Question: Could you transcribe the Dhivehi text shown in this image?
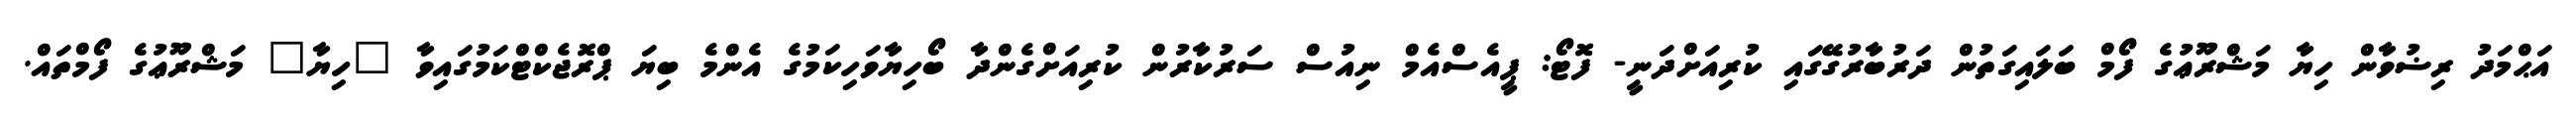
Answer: އަޙްމަދު ރިޟުވާން ހިޔާ މަޝްރޫޢުގެ ފޯމް ބަލައިގަތުން ދަރުބާރުގޭގައި ކުރިއަށްދަނީ- ފޮޓޯ: ޕީއެސްއެމް ނިއުސް ސަރުކާރުން ކުރިއަށްގެންދާ ބޯހިޔާވަހިކަމުގެ އެންމެ ބިޔަ ޕްރޮޖެކްޓްކަމުގައިވާ "ހިޔާ" މަޝްރޫޢުގެ ފޯމްތައް.